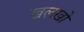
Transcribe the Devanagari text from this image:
खलखो